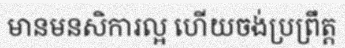
មានមនសិការល្អ ហើយចង់ប្រព្រឹត្ត